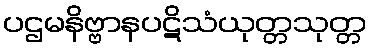
ပဌမနိဗ္ဗာနပဋိသံယုတ္တသုတ္တ